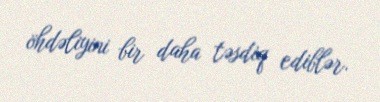
öhdəliyini bir daha təsdiq ediblər.